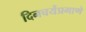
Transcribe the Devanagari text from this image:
दिनचर्येप्रमाणे